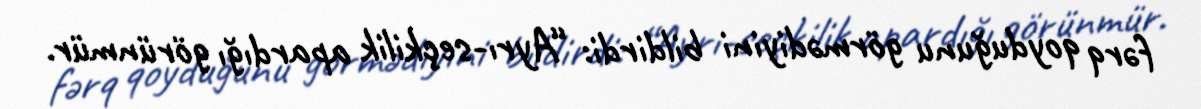
fərq qoyduğunu görmədiyini bildirdi: “Ayrı-seçkilik apardığı görünmür.